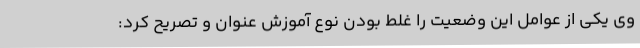
وی یکی از عوامل این وضعیت را غلط بودن نوع آموزش عنوان و تصریح کرد: